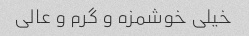
خیلی خوشمزه و گرم‌ و عالی